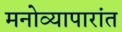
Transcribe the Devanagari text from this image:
मनोव्यापारांत